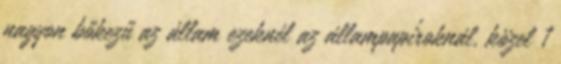
nagyon bőkezű az állam ezeknél az állampapíroknál, közel 1